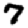
Digit: 7